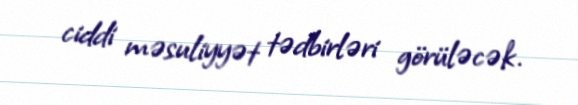
ciddi məsuliyyət tədbirləri görüləcək.